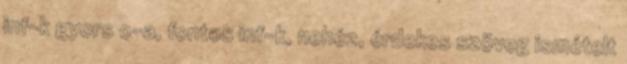
inf-k gyors o-a, fontos inf-k, nehéz, érdekes szöveg ismételt